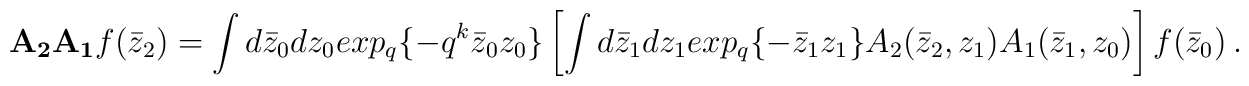
{\bf A_2A_1}f(\bar z_2)=\int d\bar z_0dz_0 exp_q\{-q^k\bar z_0z_0\}\left[ \int d\bar z_1dz_1 exp_q\{-\bar z_1z_1\}A_2(\bar z_2,z_1)A_1(\bar z_1,z_0)\right]f(\bar z_0)\ .